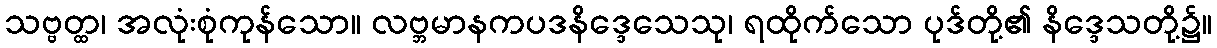
သဗ္ဗတ္ထ၊ အလုံးစုံကုန်သော။ လဗ္ဘမာနကပဒနိဒ္ဒေသေသု၊ ရထိုက်သော ပုဒ်တို့၏ နိဒ္ဒေသတို့၌။